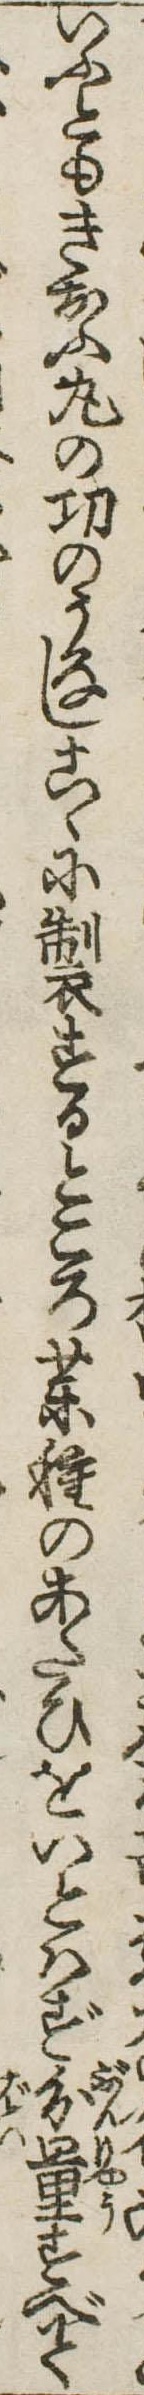
いふともきおふ丸の功のうなしこゝに製するところ薬種のあたひをいとはず分量すべて